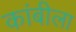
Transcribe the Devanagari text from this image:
कांबीला